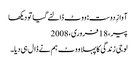
آوازِ دوست: ووٹ ڈالنے گیا تو دیکھا
پیر، 18 فروری، 2008
لو جی زندگی کا پہلا ووٹ ہم نے ڈال ہی دیا۔